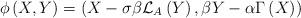
LaTeX: \begin{align*}\phi \left( X,Y\right) =\left( X-\sigma \beta \mathcal{L}_{A}\left( Y\right),\beta Y-\alpha \Gamma \left( X\right) \right)\end{align*}